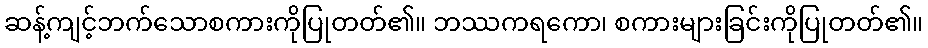
ဆန့်ကျင့်ဘက်သောစကားကိုပြုတတ်၏။ ဘဿကရကော၊ စကားများခြင်းကိုပြုတတ်၏။